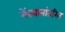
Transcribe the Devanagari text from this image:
मेंस्थानांतरित